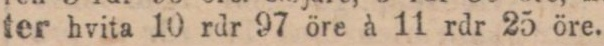
ter hvita 10 rdr 97 öre à 11 rdr 25 öre.